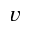
v